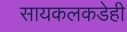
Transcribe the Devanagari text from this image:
सायकलकडेही